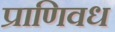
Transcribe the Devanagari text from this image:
प्राणिवध